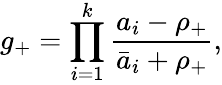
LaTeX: g_{+}=\prod_{i=1}^{k}\frac{a_{i}-\rho_{+}}{\bar{a}_{i}+\rho_{+}},